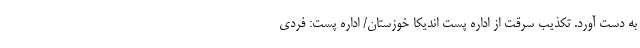
به دست آورد. تکذیب سرقت از اداره پست اندیکا خوزستان/ اداره پست: فردی